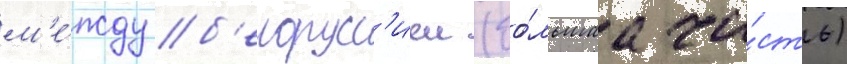
м'е́жду б'елорусс'иеи (бо́льшаа ча́сть)